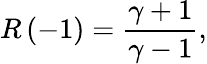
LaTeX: R\left(-1\right)=\frac{\gamma+1}{\gamma-1},